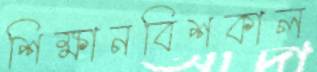
শিক্ষানবিশকাল